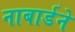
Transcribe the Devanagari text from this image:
नाबार्डने